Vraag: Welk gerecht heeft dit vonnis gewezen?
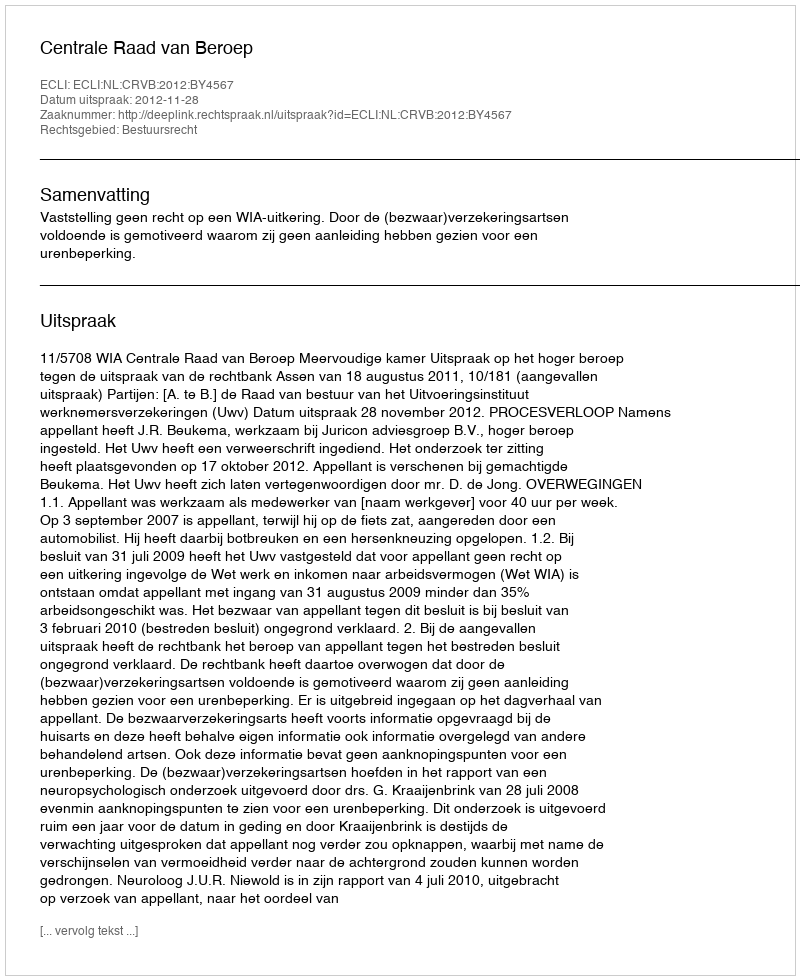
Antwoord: Centrale Raad van Beroep